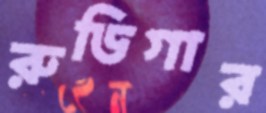
রুডিগার